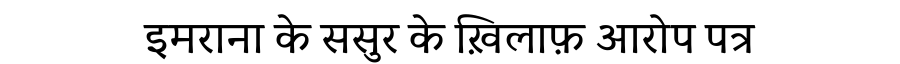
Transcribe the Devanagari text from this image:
इमराना के ससुर के ख़िलाफ़ आरोप पत्र